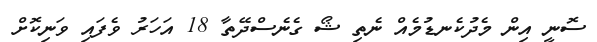
ސޮނީ އިން މެދުކެނޑުމެއް ނެތި ޝޯ ގެނެސްދޭތާ 18 އަހަރު ވެފައި ވަނިކޮށް